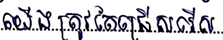
យើងត្រូវតែជ្រើសរើស